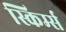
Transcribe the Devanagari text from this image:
स्किर्म्स